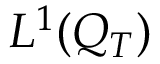
L ^ { 1 } ( Q _ { T } )